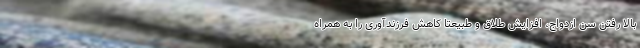
بالا رفتن سن ازدواج، افزایش طلاق و طبیعتاً کاهش فرزندآوری را به همراه